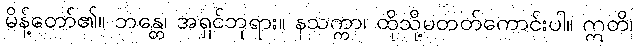
မိန့်တော်၏။ ဘန္တေ၊ အရှင်ဘုရား။ နသက္ကာ၊ ထိုသို့မတတ်ကောင်းပါ။ ဣတိ၊